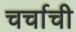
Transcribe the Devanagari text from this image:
चर्चाची